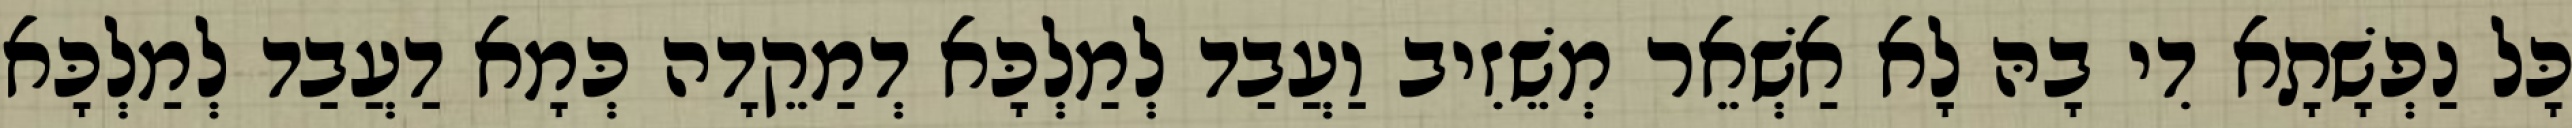
כָּל נַפְשָׁתָא דִי בָהּ לָא אַשְׁאֵר מְשֵׁזִיב וַעֲבַד לְמַלְכָּא דְמַקֵדָה כְּמָא דַעֲבַד לְמַלְכָּא